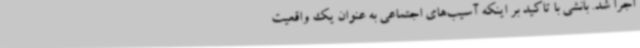
اجرا شد. بانشی با تاکید بر اینکه آسیب‌های اجتماعی به عنوان یک واقعیت